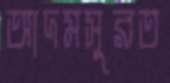
আদমসুরত